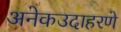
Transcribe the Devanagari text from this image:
अनेकउदाहरणे